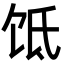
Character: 𬲮